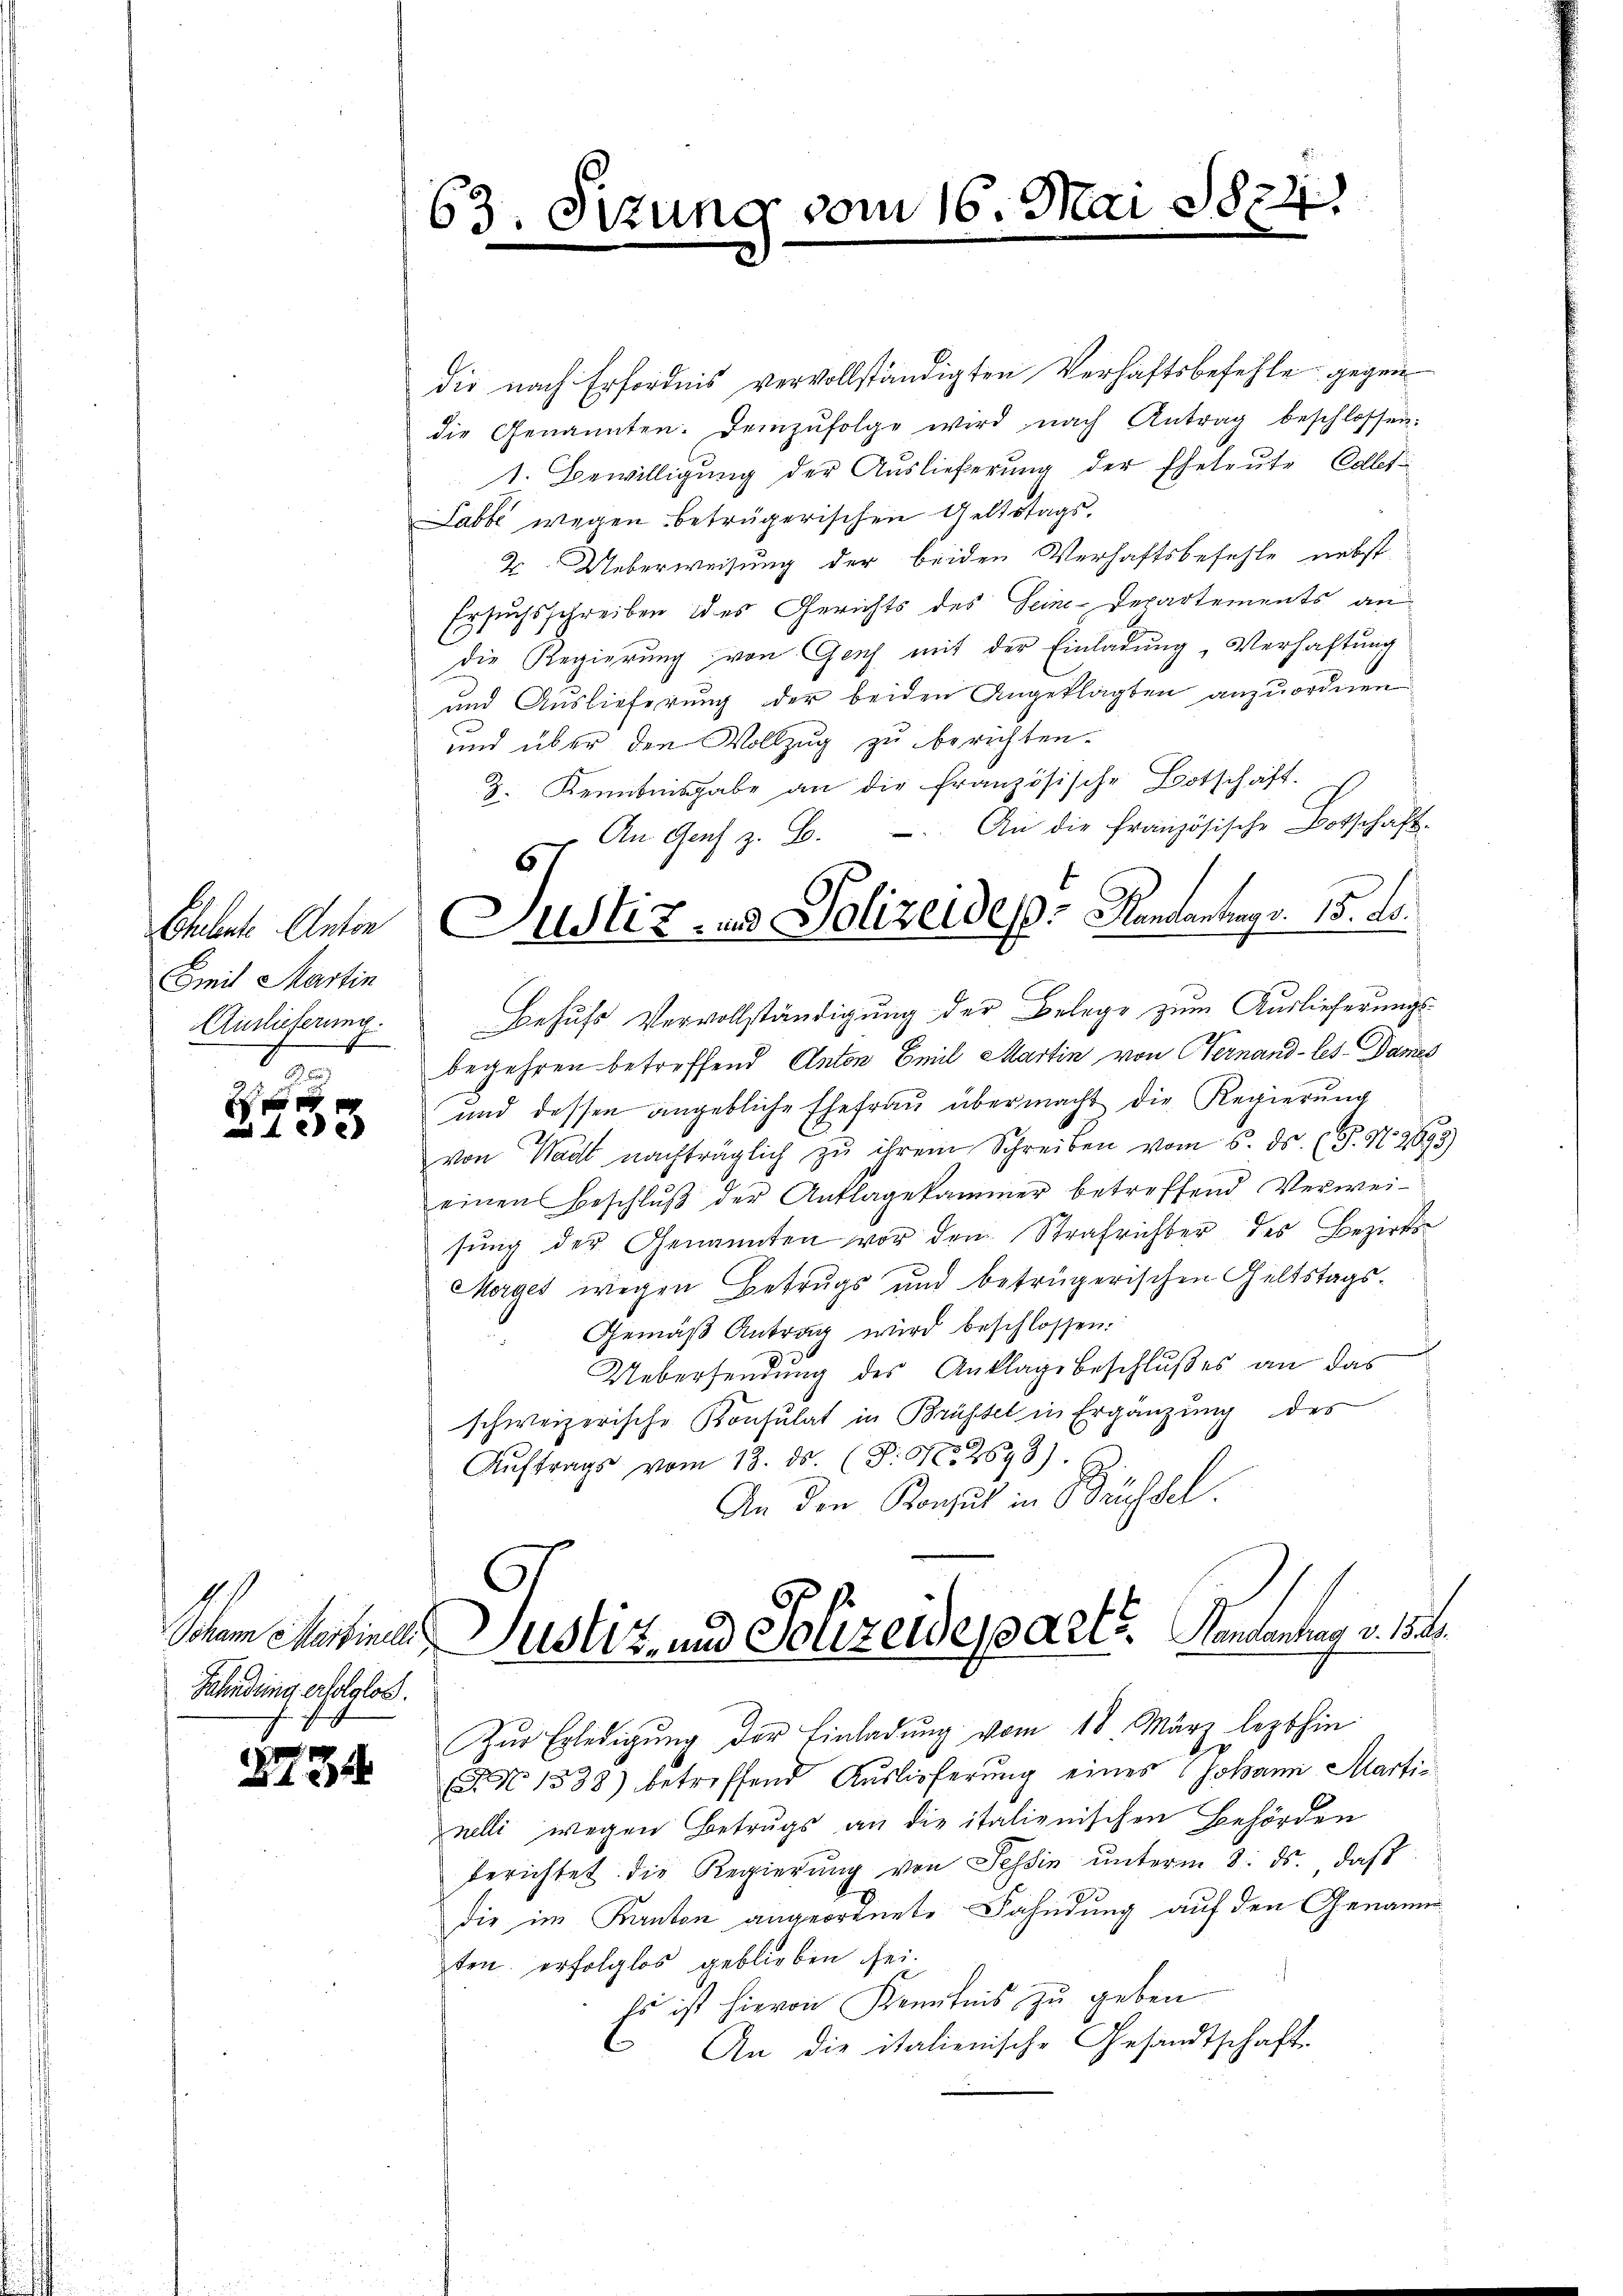
Eheleute Anton
Smit Martin
Auslieferung.

xx

Fahndring erfolglos.

234

63. Sizung vom 16. Mai 1874.

die nach Erfordnis vervollständigten Verhaftsbefehle gegen
die Genannten. Demzufolge wird nach Antrag beschlossen:
1. Bewilligung der Auslieferung der Eheleute Colles
Labbe wegen beträgerischen Geltstags¬
2. Ueberweisung der beiden Verhaftsbefehle nebst
Ersuchsschreiben des Gerichts des Gene-Departements an
die Regierung von Genf mit der Einladung, Verhaftung
und Auslieferung der beiden Angeklagten anzuordnen
und über den Vollzug zu berichten.
8. Kenntnisgabe an die französische Botschaft.
An Genf z. B. An die französische Botschaft-
Behufs Vervollständigung der Belege zum Auslieferungsbegehren betreffend Anton Emil Martin von Hernand -les-Dames
und dessen angebliche Ehefrau übermacht die Regierung
von Wadt nachträglich zu ihrem Schreiben vom 6. ds. (T. N. 2693,
einen Beschluß der Anklagekammer betreffend Verweisung der Genannten vor den Strafrichter des Bezirks¬
Morges wegen Betrugs und betrügerischen Geltstags¬
Gemäβ Antrag wird beschlossen.
Uebersendung des Anklage beschlußes an das
schweizerische Konsulat in Brüssel in Ergänzung des
Aŭftrags vom 13. ds. (T. N. 2893).
An den Konsul in Büchsel.
Schen Satiner Justiz- und Polizeideparts. Kantonung v. 152.
Zur Erledigung der Einladung vom 18. März lezthin
J No 1538) betreffend Auslieferung eines Johann Martinelli wegen Betrugs an die italienischen Behörden
berichtet die Regierŭng von Tessin ŭnterm 8. ds. daβ
die im Kanton angeordnete Fahndung auf den Genann
ten erfolglos geblieben sei.
Es ist hievon Kenntnis zu geben.
 An die italienische Gesandtschafts

.
Justiz- und Polizeides Handantung v. 15. ds.